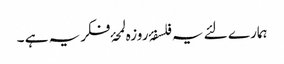
ہمارے لئے یہ فلسفۂ روزہ لمحۂ فکریہ ہے ۔